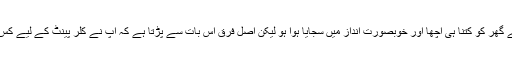
یہ ایک حقیقت ہے کہ آپ نے چاہے اپنے گھر کو کتنا ہی اچھا اور خوبصورت انداز میں سجایا ہوا ہو لیکن اصل فرق اس بات سے پڑتا ہے کہ آپ نے کلر پینٹ کے لیے کس رنگ اورکس کوالٹی کا انتخاب کیا ہے۔